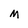
Character: M